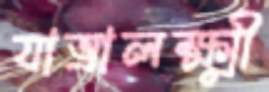
যাত্রালক্ষ্মী